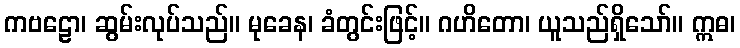
ကဗဠော၊ ဆွမ်းလုပ်သည်။ မုခေန၊ ခံတွင်းဖြင့်။ ဂဟိတော၊ ယူသည်ရှိသော်။ ဣဓ၊